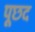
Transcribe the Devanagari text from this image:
पूछद